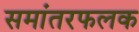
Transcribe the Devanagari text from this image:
समांतरफलक